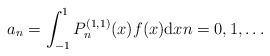
\begin{align*}a_n =\int_{-1}^{1} P_n^{(1,1)}(x)f(x)\mathrm{d}x n=0,1,\dots\end{align*}